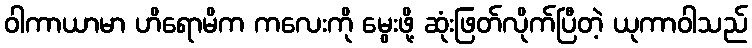
ဝါကာယာမာ ဟိရောမိက ကလေးကို မွေးဖို့ ဆုံးဖြတ်လိုက်ပြီတဲ့ ယုကာဝါသည်